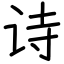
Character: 诗